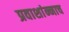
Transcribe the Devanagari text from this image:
प्रवाशांन्नाच